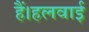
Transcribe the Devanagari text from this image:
हैं।हलवाई